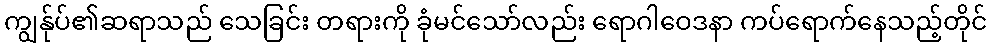
ကျွန်ုပ်၏ဆရာသည် သေခြင်း တရားကို ခုံမင်သော်လည်း ရောဂါဝေဒနာ ကပ်ရောက်နေသည့်တိုင်